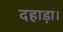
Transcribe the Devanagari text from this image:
दहाड़ा।